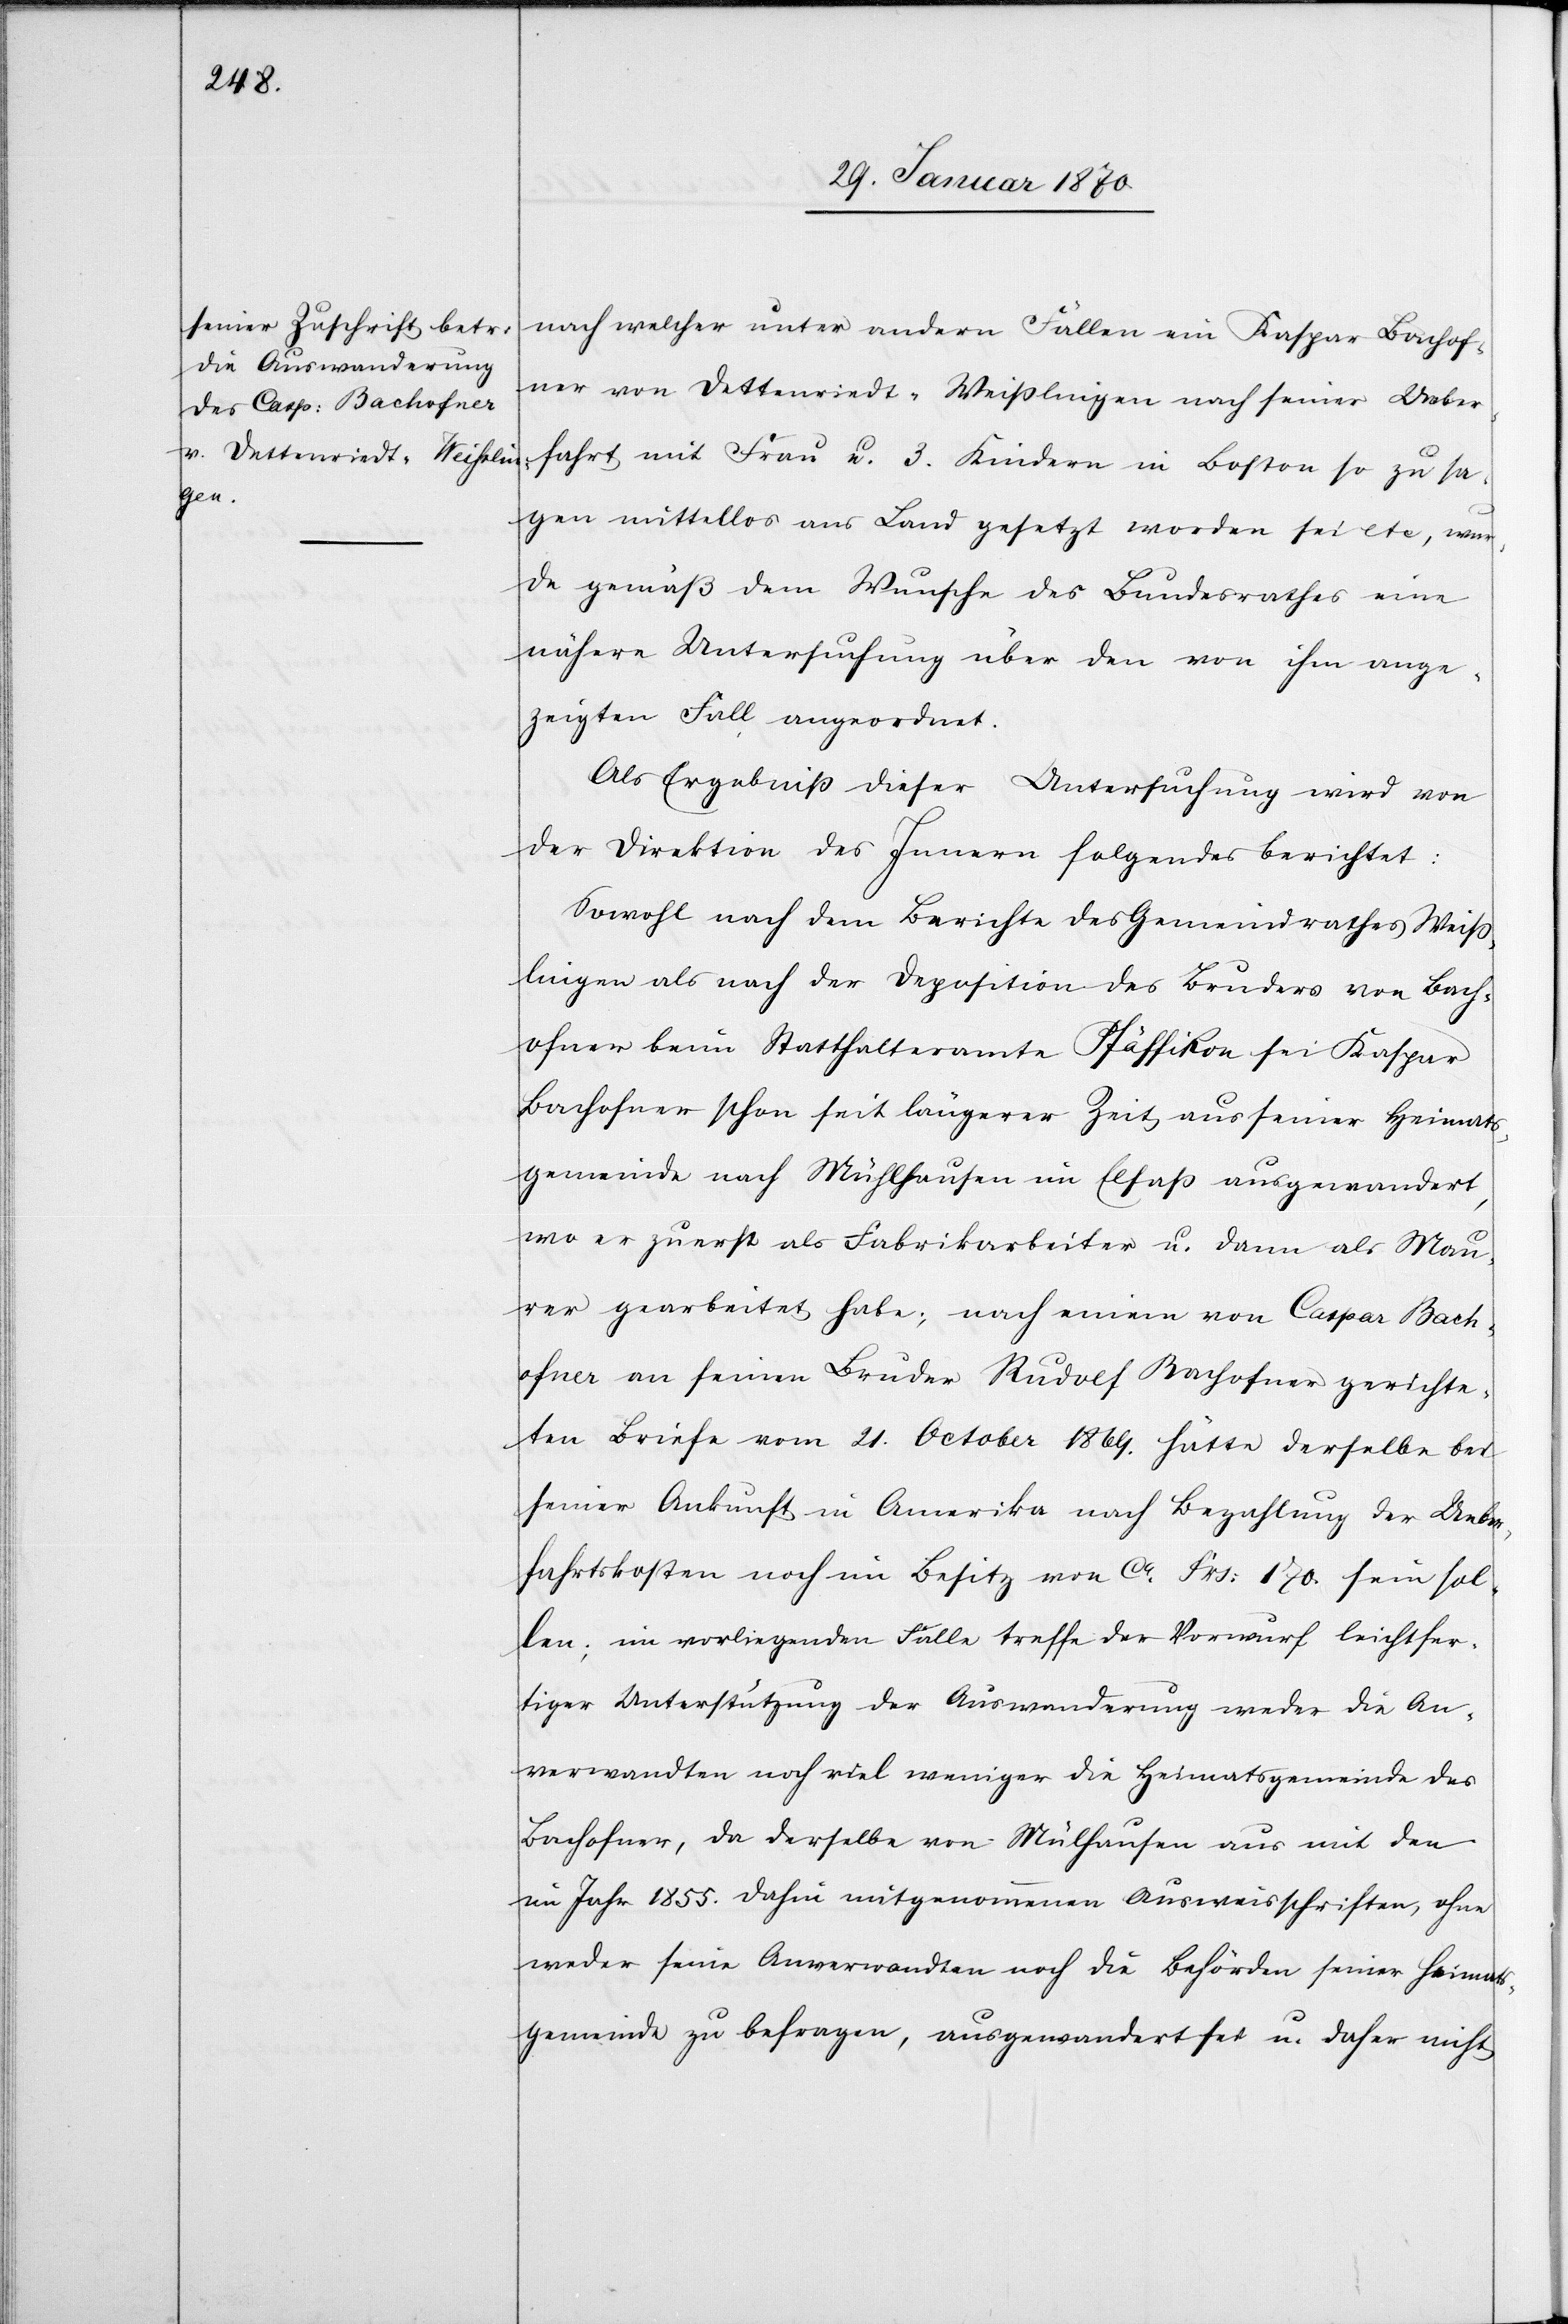
hof¬

nach welcher unter andern Fällen ein Kaspar [sic!]
ner von Dettenriedt-Weißlingen nach seiner Ueber¬
fahrt mit Frau u. 3. Kindern in Boston so zu sa¬
gen mittellos ans Land gesetzt worden sei etc, wur¬
de gemäß dem Wunsche des Bundesrathes eine
nähere Untersuchung über den von ihm ange¬
zeigten Fall angeordnet.
Als Ergebniß dieser Untersuchung wird von
der Direktion des Innern folgendes berichtet:
Sowohl nach dem Berichte des Gemeindrathes Weiß¬
lingen als nach der Deposition des Bruder von Bach¬
ofner beim Statthalteramte Pfäffikon sei Kaspar
Bachofner schon seit längerer Zeit aus seiner Heimats¬
gemeinde nach Mühlhausen im Elsaß ausgewandert,
wo er zuerst als Fabrikarbeiter u. dann als Mau¬
rer gearbeitet habe; nach einem von Caspar Bach¬
ofner an seinen Bruder Rudolf Bachofner gerichte¬
ten Briefe vom 21. October 1864. hätte derselbe bei
seiner Ankunft in Amerika nach Bezahlung der Ueber¬
fahrtskosten noch im Besitz von ca. Frs: 170 sein sol¬
len; im vorliegenden Falle treffe der Vorwurf leichtfer¬
tiger Unterstützung der Auswanderung weder die An¬
verwandten noch viel weniger die Heimatsgemeinde des
Bachofner, da derselbe von Mülhausen [sic!] aus mit den
im Jahr 1855. dahin mitgenommenen Ausweisschriften, ohne
weder seine Anverwandten noch die Behörden seiner Heimats¬
gemeinde zu befragen, ausgewandert sei u. daher nicht